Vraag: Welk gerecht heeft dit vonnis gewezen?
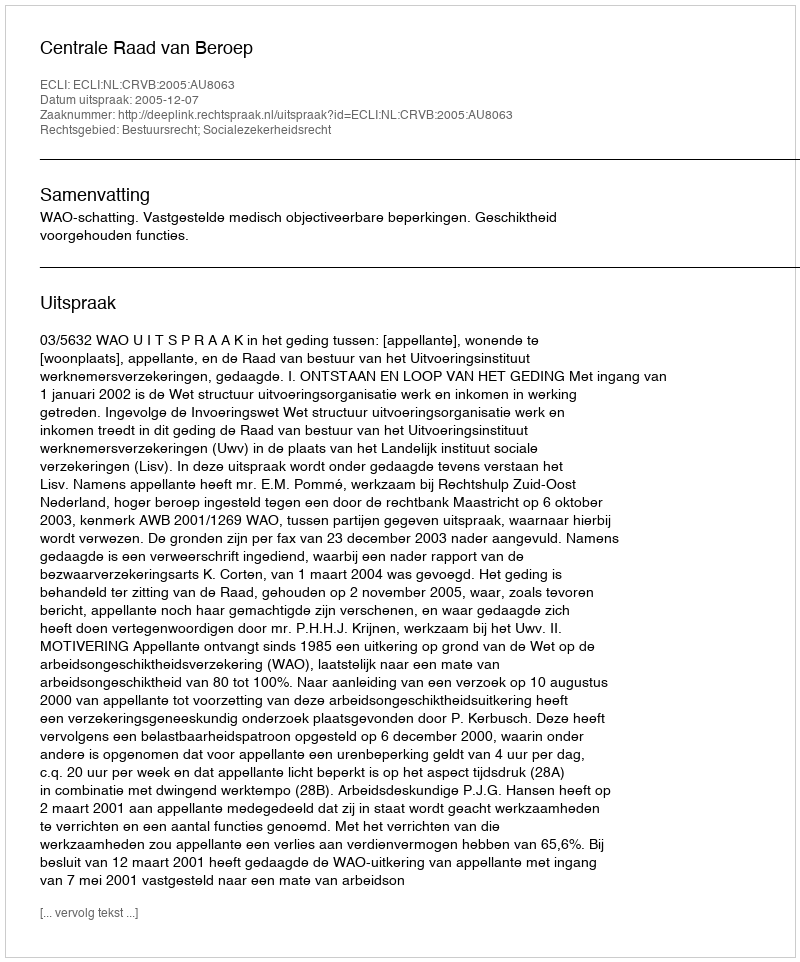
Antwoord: Centrale Raad van Beroep